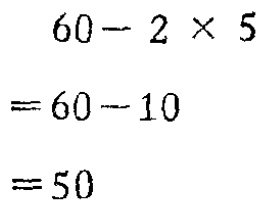
\[

\begin{align*}

60 - 2\times5&\\

=60 - 10&\\

=50&

\end{align*}

\]